Annual report on the working of the lock hospitals in the Central Provinces
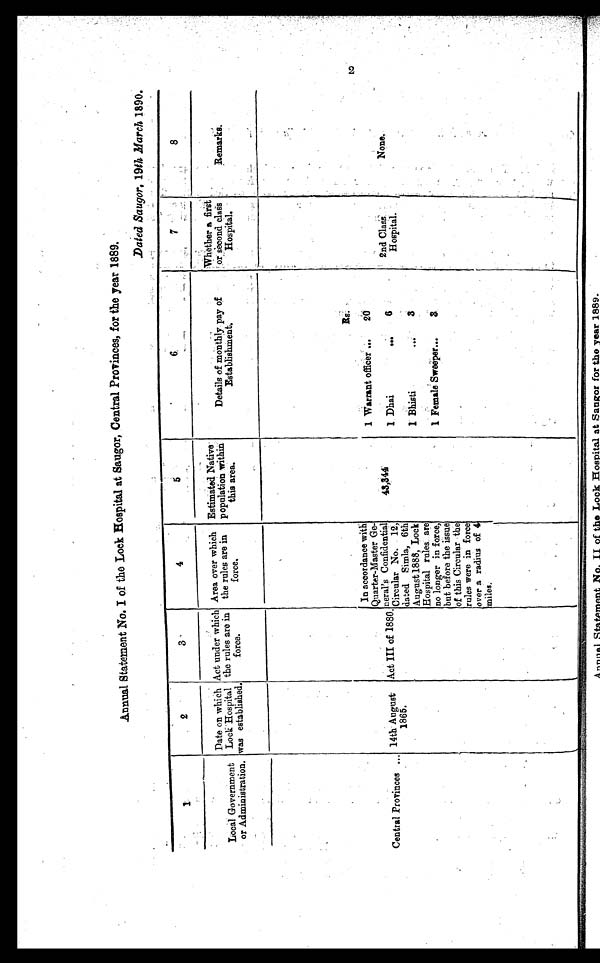
Annual Statement No. I of the Lock Hospital at Saugor, Central Provinces, for the year 1889.
1
2
3
4
5
6
7
8
Local Government
or Administration.
D a t e o n w h i c h
Lock Hospital
was established.
Act under which
the rules are in
force.
Area over which
the rules are in
force.
Estimated Nativ
e population within
this area.
Details of monthly pay of
Establishment.
Whether a first
or second class
Hospital.
Remarks.
R s .
In accordance with
Quarter-Master Ge-
n e r a l ' s
C o n f i d e n t i a l
Circular No. 12,
dated Simla, 6th
August 1888, Lock
Hospital rules are
no longer in force,
but before the issue
of this Circular the
rules were in force
over a radius of 4
miles.
1 W a r r a n t
o f f i c e r . . .
2 0
Central Provinces ... 14th August
1865.
Act III of 1880.
4 3 , 3 4 4
1 Dhai
...
2nd Clas
s Hospital.
N o n e .
1 Bhisti . . . 3
1 Female Sweeper...
3
Annual StatementNo II of the Lock Hospital at Sangor for the year 1889.
2